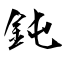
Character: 鈍